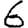
Digit: 6